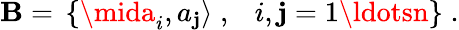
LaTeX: {\cal\mathbf{B}}=\, \left\{ \mida_{i},a_{\mathbf{j}}\rangle\; ,\; \, \, \, i,\mathbf{j}=1\ldotsn\right\} \; .